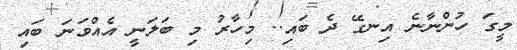
މީގަ ހުންނާނެ އިނގޭ ދެ ބައި.. މިހާރު މި ބަލަނީ އެއްވަނަ ބައި